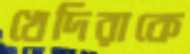
খেদিরাকে